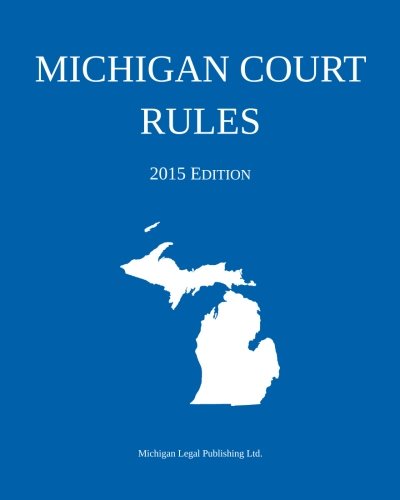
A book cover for Michigan Court Rules; 2015 Edition; Michigan Legal Publishing Ltd.; Law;